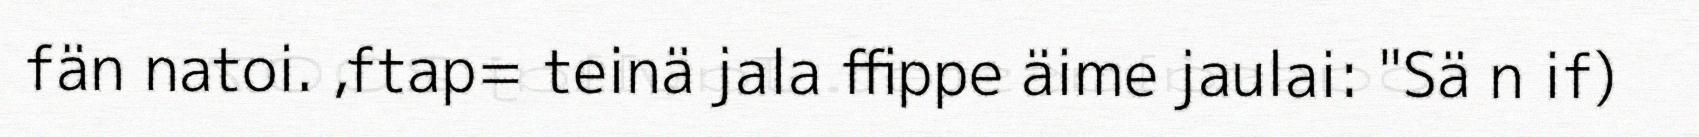
fän natoi. ,ftap= teinä jala ffippe äime jaulai: "Sä n if)